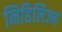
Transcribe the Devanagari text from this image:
निहिलिज्म